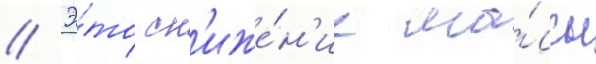
// Э́то сн'иже́н'ие ма́ссы